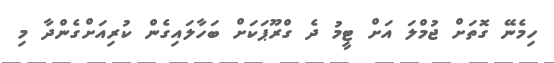
ހިމެނޭ ގޮތަށް ޖުމްލަ އަށް ޓީމު ދެ ގްރޫޕަކަށް ބަހާލައިގެން ކުރިއަށްގެންދާ މި